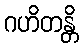
ဂဟိတန္တိ